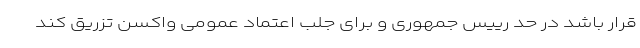
قرار باشد در حد رییس جمهوری و برای جلب اعتماد عمومی واکسن تزریق کند